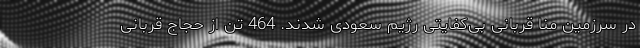
در سرزمین منا قربانی بی‌کفایتی رژیم سعودی شدند. 464 تن از حجاج قربانی